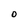
Character: O